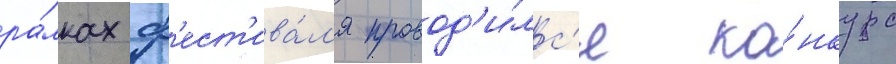
ра́мках ф'ест'ива́л'я провод'и́лс'я ко́нкурс